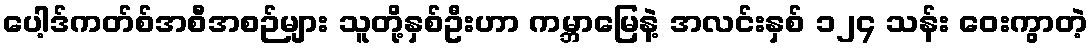
ပေါ့ဒ်ကတ်စ်အစီအစဉ်များ သူတို့နှစ်ဦးဟာ ကမ္ဘာမြေနဲ့ အလင်းနှစ် ၁၂၄ သန်း ဝေးကွာတဲ့